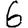
Digit: 6